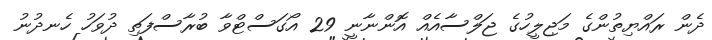
ދެން ރައްޔިތުންގެ މަޖިލީހުގެ ޖަލްސާއެއް އޮންނާނީ 29 އޯގަސްޓްވާ ބުރާސްފަތި ދުވަހު ހެނދުނު